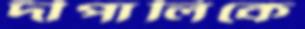
দীপালিকে